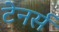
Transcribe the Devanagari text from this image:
टेनर्स